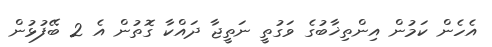
އެހެން ކަމުން އިންތިޚާބުގެ ވަގުތީ ނަތީޖާ ދައްކާ ގޮތުން އެ 2 ބޭފުޅުން